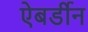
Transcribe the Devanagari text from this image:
ऐबर्डीन